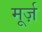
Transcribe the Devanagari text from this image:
मूर्ज़